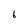
Character: 6